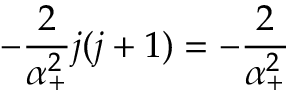
- \frac 2 { \alpha _ { + } ^ { 2 } } j ( j + 1 ) = - \frac 2 { \alpha _ { + } ^ { 2 } }